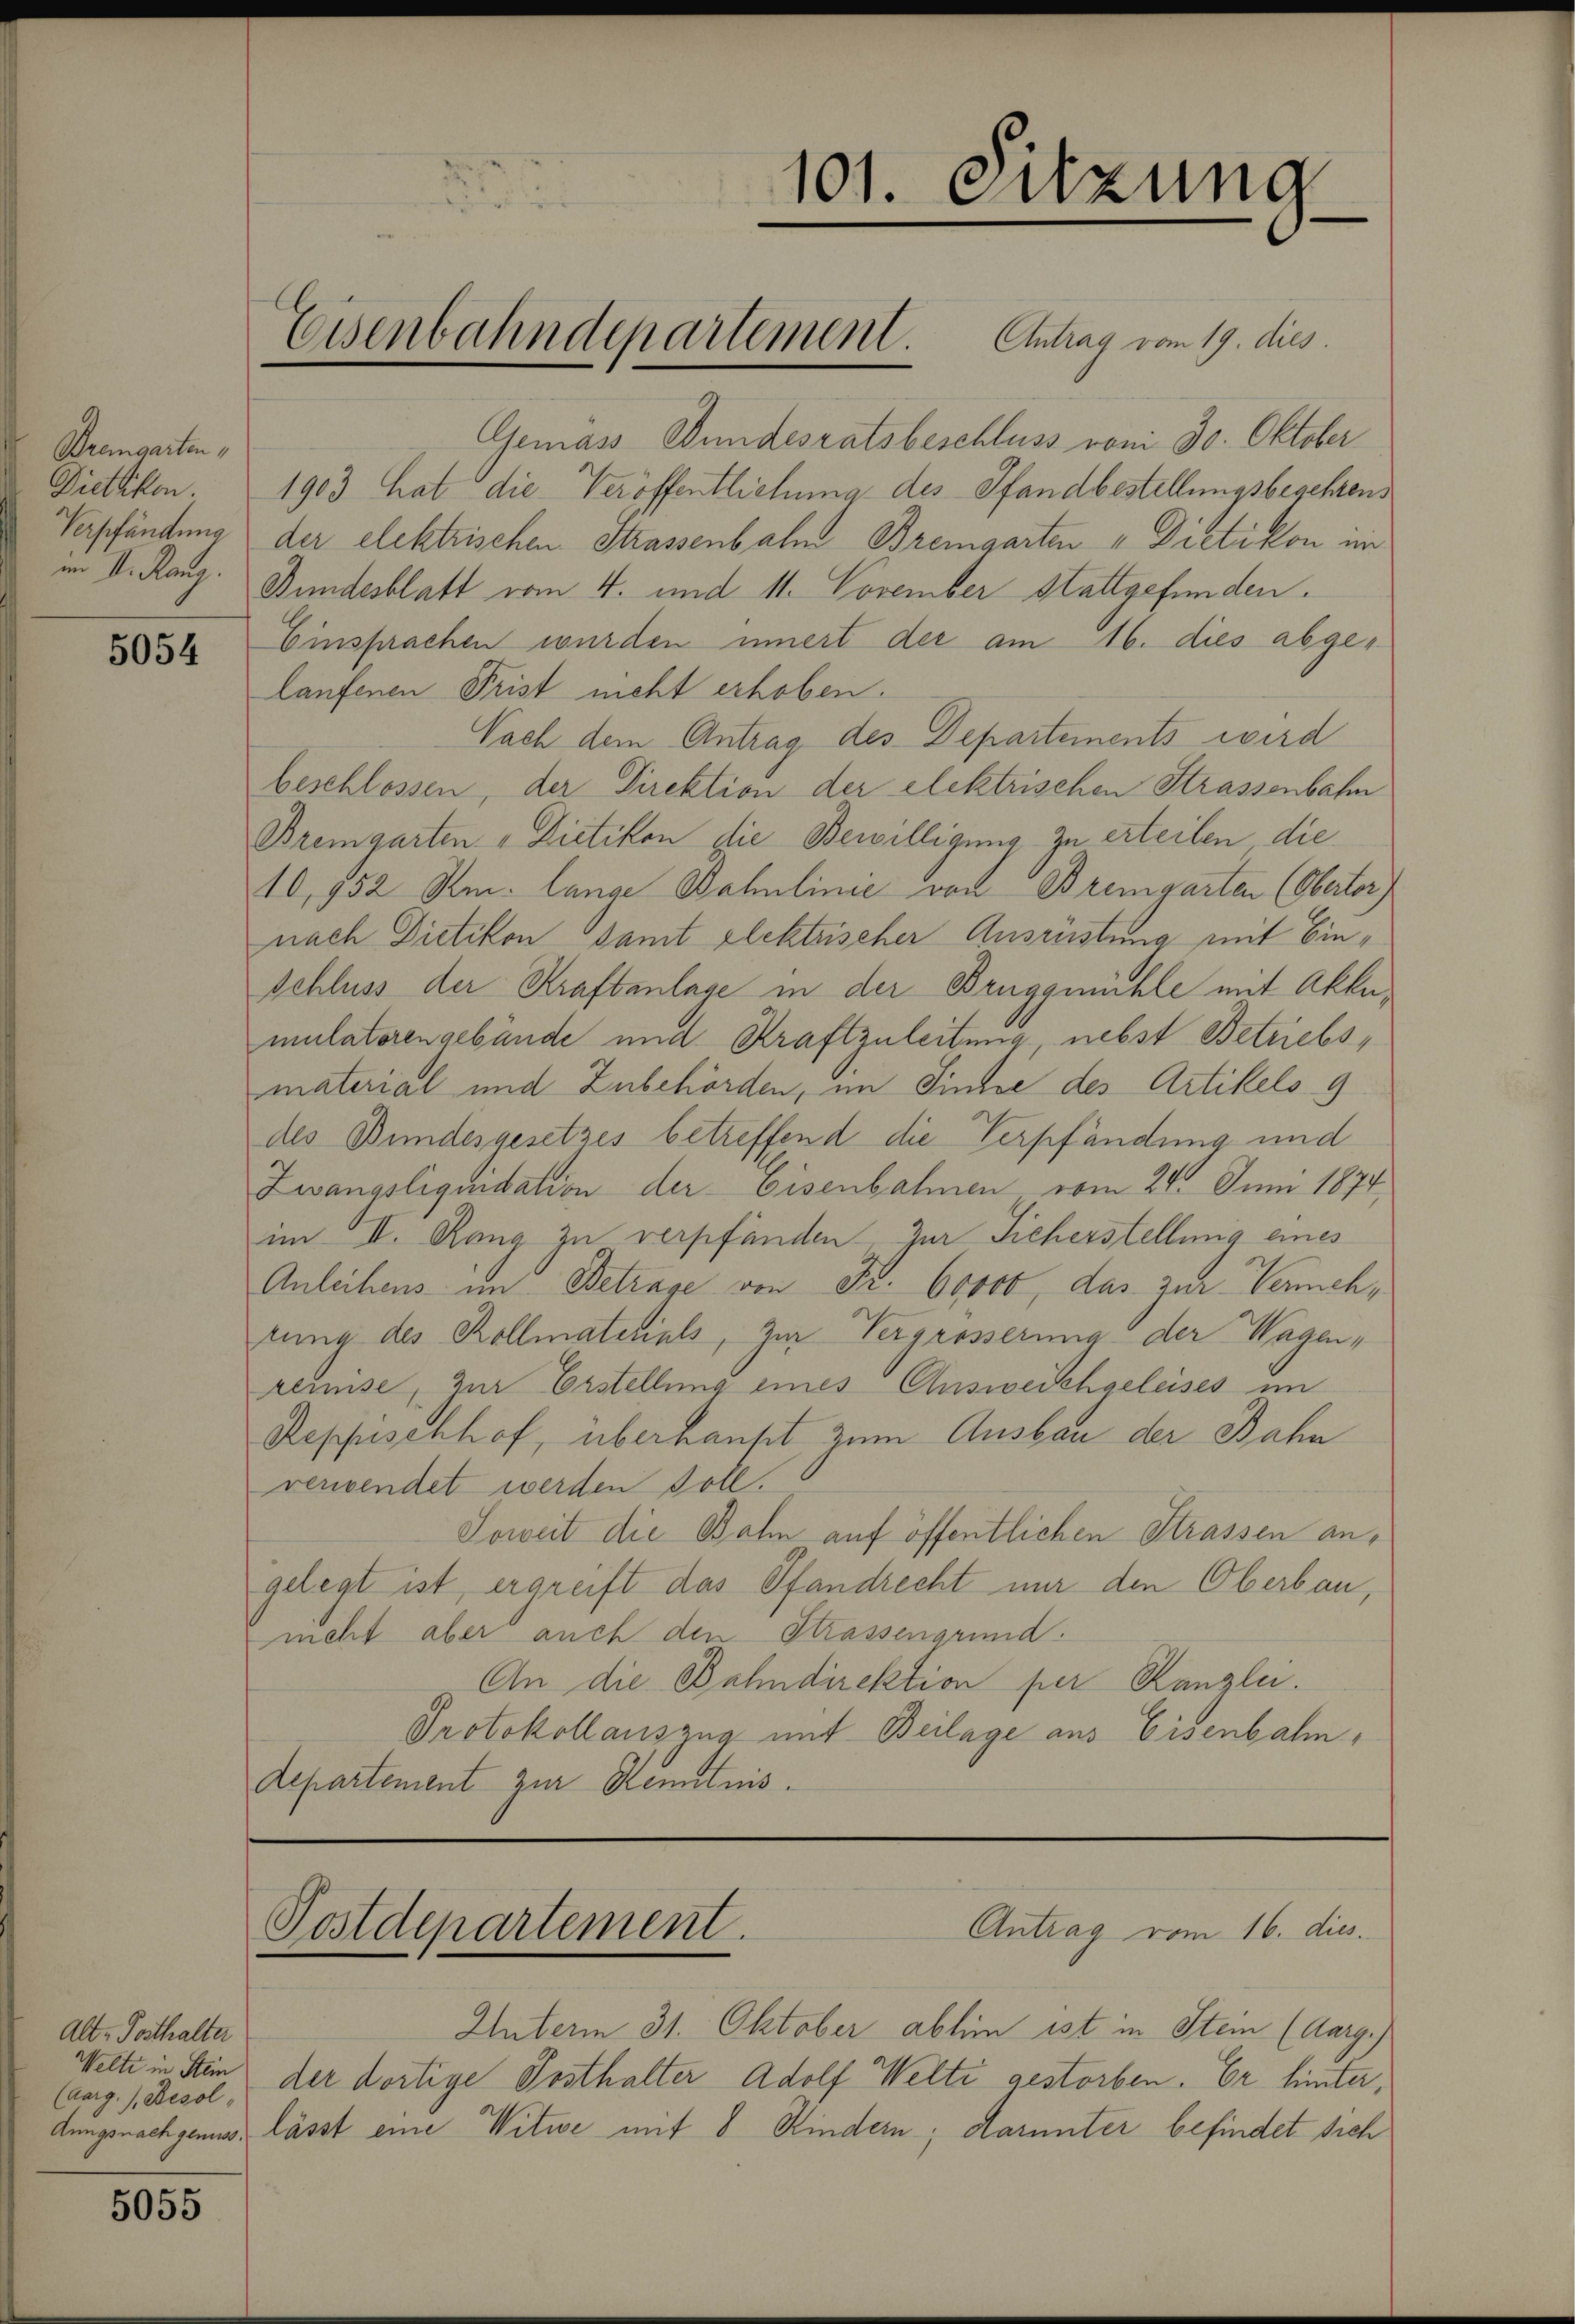
Bremgarten,
Dietikon.
Verpfändung
im I. Rang.

5054

Alt-Posthalter
Welti in Stein
(Aarg.) Besol

5055

Postdepartement.

Gemäss Bundesratsbeschluss vom 30. Oktober
1903 hat die Veröffentlichung des Pfandbestellungsbegehrens
der elektrischen Strassenbalm Bremgarten " Dietikon im
Bundesblatt vom 4. und 11. November Stattgefunden.
Einsprachen wurden innert der am 16. dies abgelaufenen Prist nicht erhoben.
Nach dem Antrag des Departements wird
beschlossen, der Direktion der elektrischen Strassenbahn
Bremgarten - Dietikon die Bewilligung zu erteilen die
10,952 Rm. lange Dohulinie von Bremgarten (Obertor)
nach Dietikon samt Elektrischer Ausrüstung mit Ein¬
Schluss der Kraftanlage in der Bruggmühle mit Akkemulatorengebäude und Kraftzuleitung, nebst Betriebsmaterial und Zubehörden, im Sinne des Artikels 9
des Bundesgesetzes betreffend die Verpfändung und
Zwangsliquidation der Eisenbahnen vom 24. Juni 1874
im II. Rang zu verpfänden. Zur Sicherstellung eines
Anleihens im Betrage von Fr. 60000, das zur Vernehrung des Kollmaterials, zur Vergrösserung der Wagen,
remise, zur Erstellung eines Ausweischgeleises im
Reppischhof, überhaupt zum Ausbau der Bahn
verwendet werden soll.
Soweit die Bahn auf öffentlichen Strassen angelegt ist, ergreift das Pfandrecht nur den Oberbau,
ncht aber auch den Strassengrund.
An die Bahndirektion per Kanzlei.
Protokollauszug mit Beilage aus Eisenbahn,
Aepartement zur Kenntnis.

101. Sitzung

Eisenbahndepartement. Antrag vom 19. dies

Unterm 31. Oktober abhin ist in Stein (Aarg.)
der dortige Posthalter Adolf Welti gestorben. Er hinter,
dungsnachgenus lässt eine Witwe mit 8 Kindern; darunter befindet sich

Antrag vom 16. dies